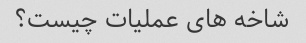
شاخه های عملیات چیست؟